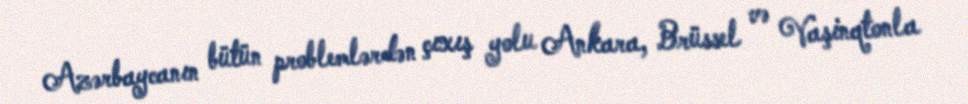
Azərbaycanın bütün problemlərdən çıxış yolu Ankara, Brüssel və Vaşinqtonla